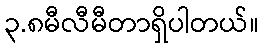
၃.၈မီလီမီတာရှိပါတယ်။